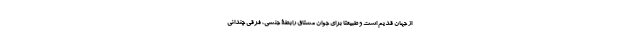
از جهان قدیم است و طبیعتا برای جوان مشتاق رابطۀ جنسی، فرقی چندانی